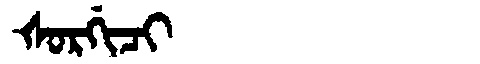
Manchu: ᡧᠣᡵᡤᡳᠴᡳ
Romanization: ŠORGICI